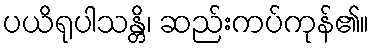
ပယိရုပါသန္တိ၊ ဆည်းကပ်ကုန်၏။